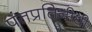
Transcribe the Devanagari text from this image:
पंतप्रतिनीधी